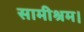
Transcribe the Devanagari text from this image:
सामीश्रम।